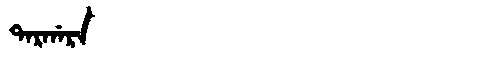
Manchu: ᡨᠠᡵᡤᠠᡵᠠ
Romanization: TARGARA